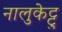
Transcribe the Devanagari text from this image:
नालुकेट्टु